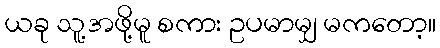
ယခု သူ့အဖို့မူ စကား ဥပမာမျှ မကတော့။